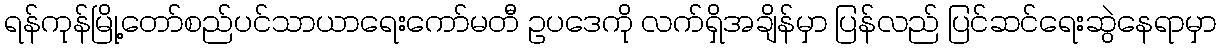
ရန်ကုန်မြို့တော်စည်ပင်သာယာရေးကော်မတီ ဥပဒေကို လက်ရှိအချိန်မှာ ပြန်လည် ပြင်ဆင်ရေးဆွဲနေရာမှာ